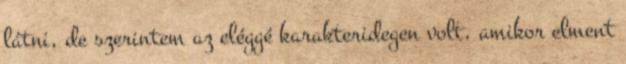
látni, de szerintem az eléggé karakteridegen volt, amikor elment